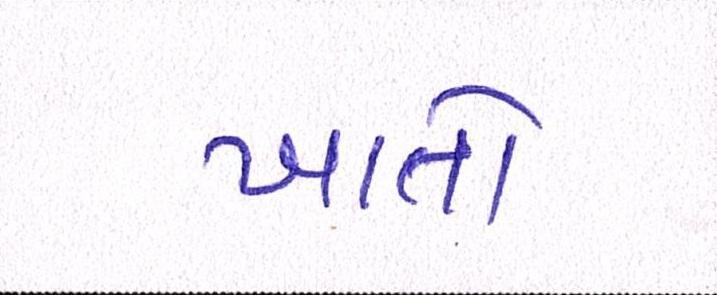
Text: ખાતો